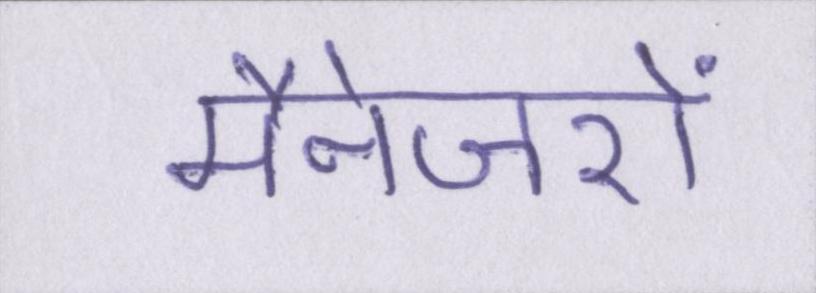
मैनेजरों